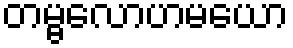
တမ္ဗလောဟမယော